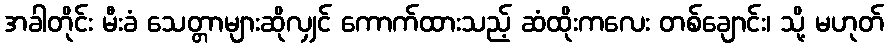
အခါတိုင်း မီးခံ သေတ္တာများဆိုလျှင် ကောက်ထားသည့် ဆံထိုးကလေး တစ်ချောင်း၊ သို့ မဟုတ်